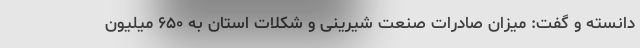
دانسته و گفت: میزان صادرات صنعت شیرینی و شکلات استان به ۶۵۰ میلیون